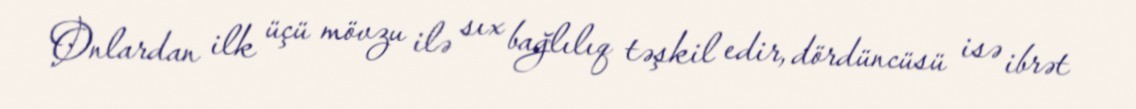
Onlardan ilk üçü mövzu ilə sıx bağlılıq təşkil edir, dördüncüsü isə ibrət